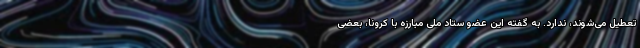
تعطیل می‌شوند، ندارد. به گفته این عضو ستاد ملی مبارزه با کرونا، بعضی